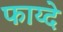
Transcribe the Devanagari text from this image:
फाय्दे